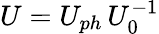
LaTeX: U=U_{ph}\, U_{0}^{-1}